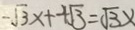
- \sqrt { 3 } x + 4 \sqrt { 3 } = ( \sqrt { 3 } x